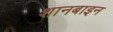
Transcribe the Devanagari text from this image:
शानबाइन